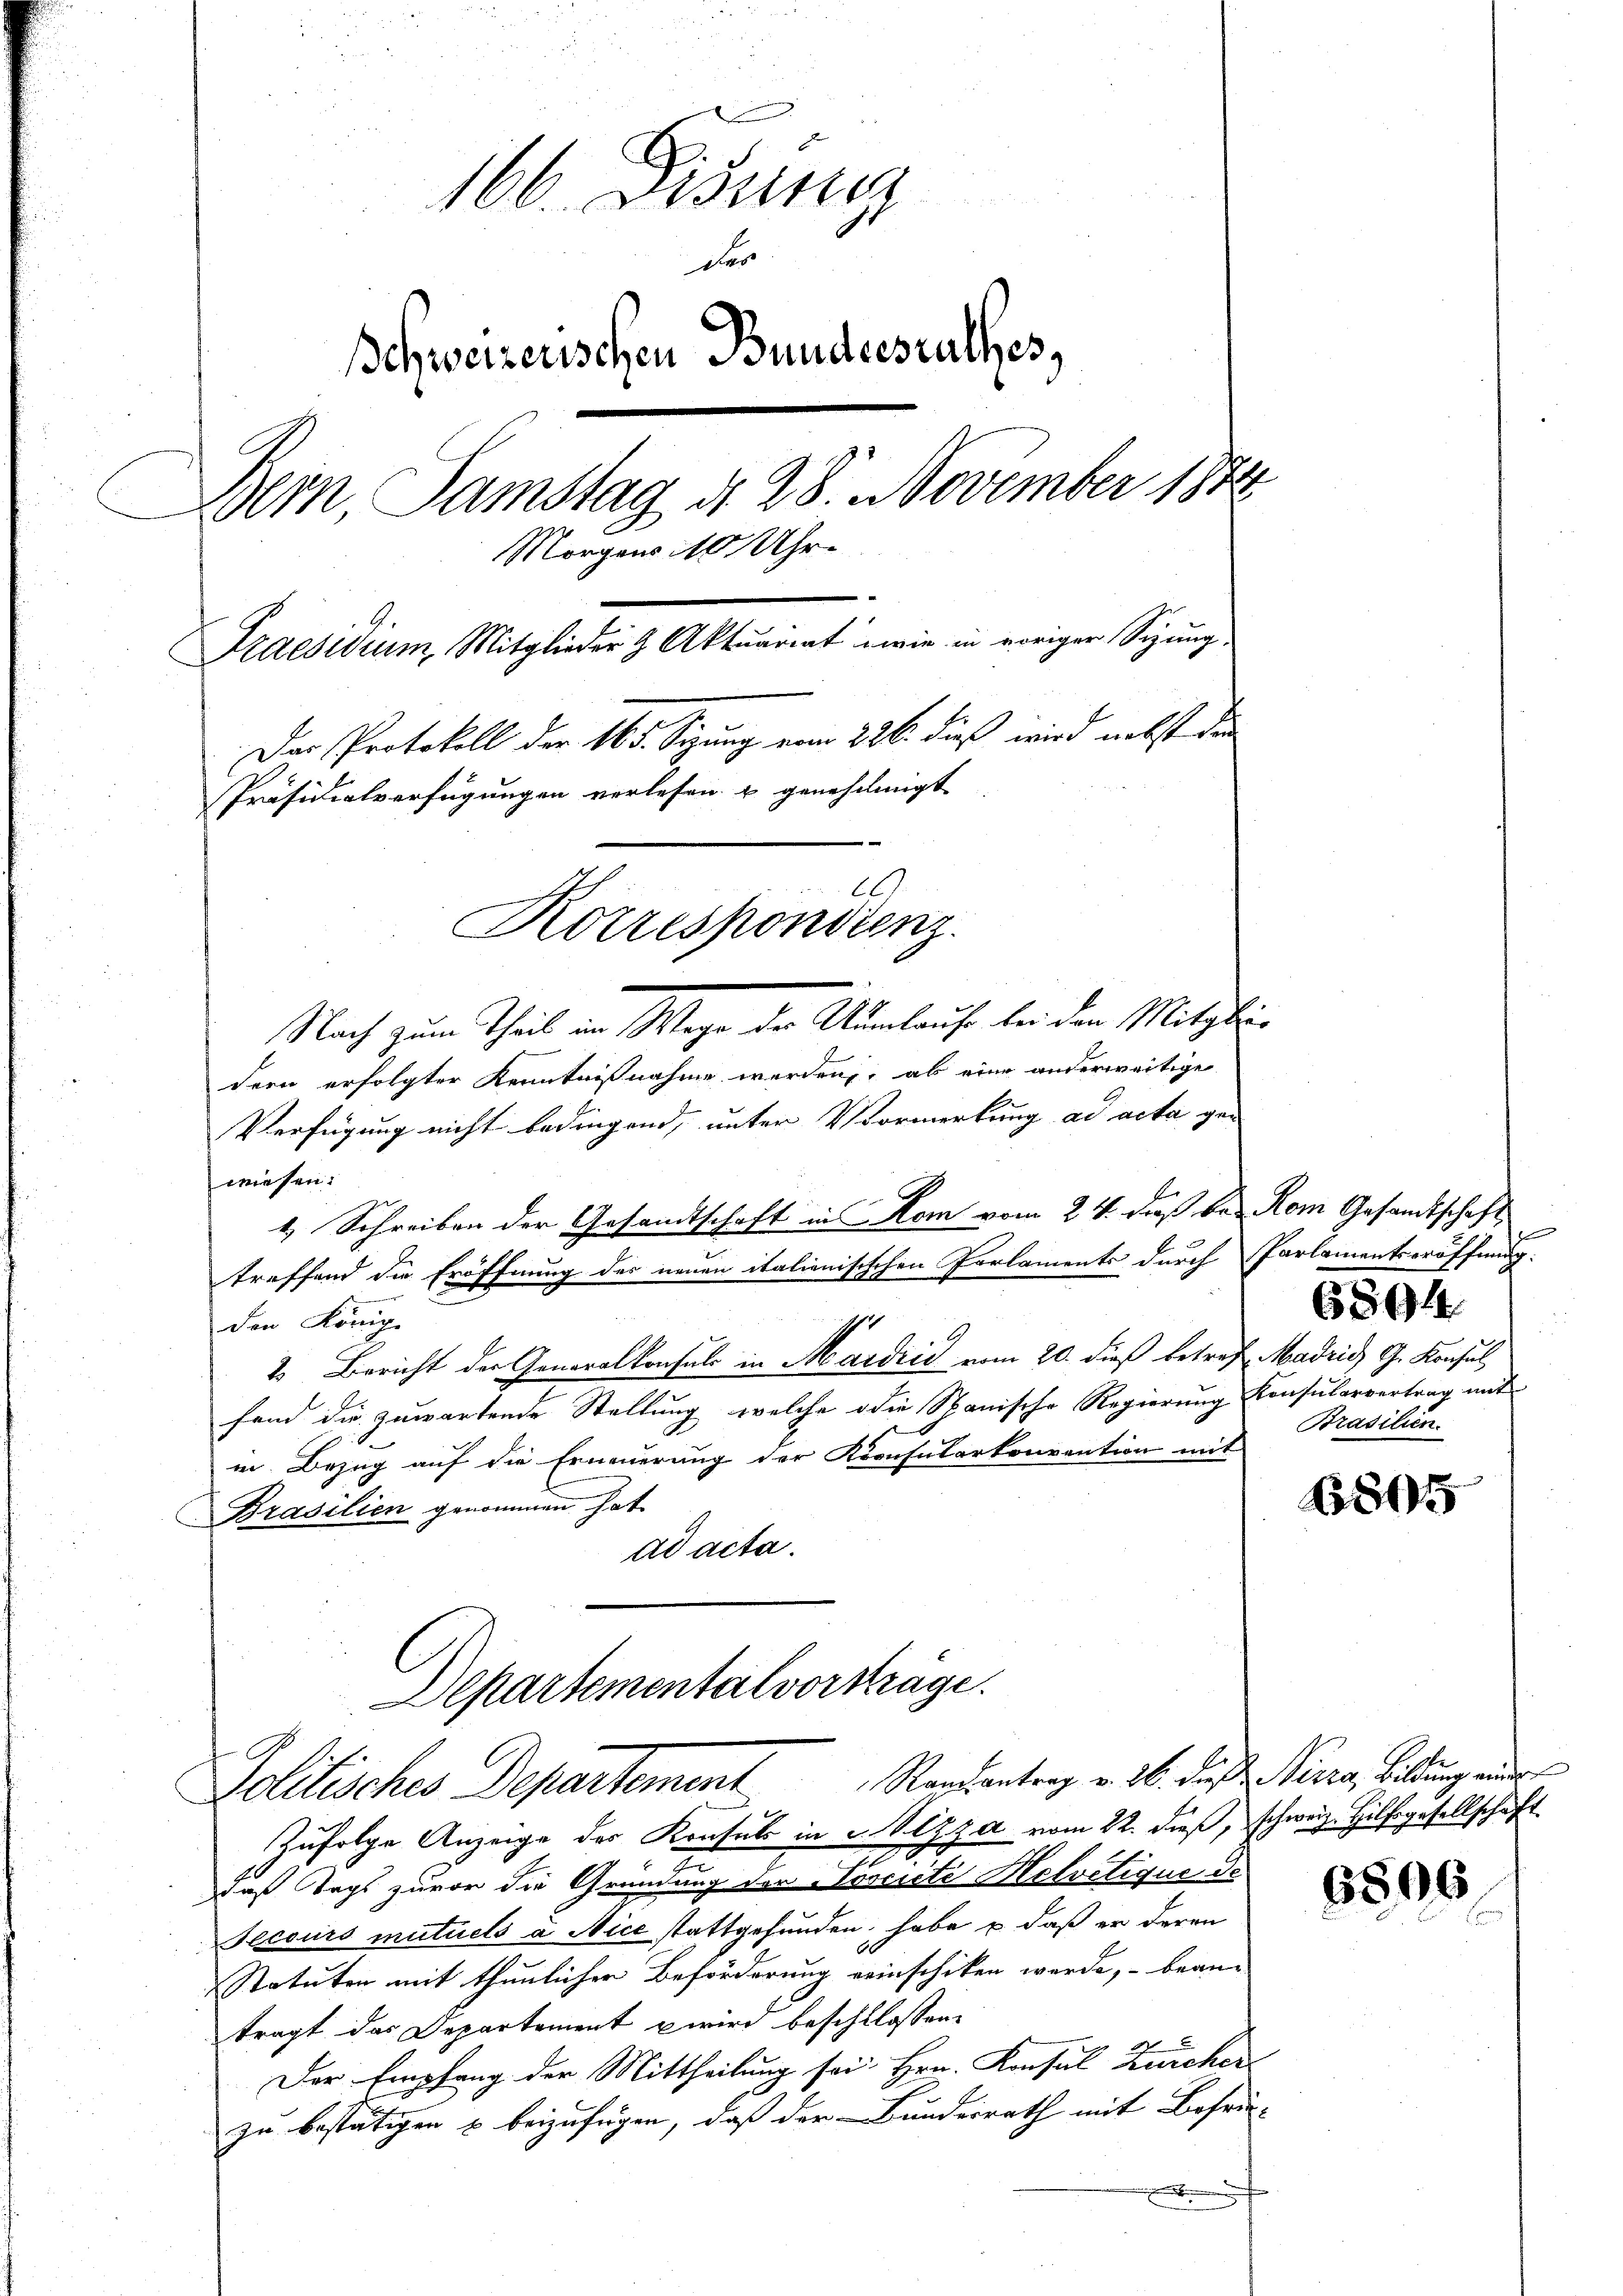
166. Diener
der
Schweizerischen Bundesrathes,
Bern, Samstag d. 28. November 1874
Morgens 10 Uhr.
Praesidium, Mitglieder & Aktuariat wie in voriger Sigung
Der Protokoll der 165. Sizung vom 226. dieß wird nebst den
Präsidialverfügungen verlesen u genehmigt
66
Korrespondienz
Nach zum Theil am Wege der Aumlaufe bei den Mitgliedern erfolgter Kenntnißnahme werden, ab eine anderweitige

Verfügung nicht bedingend, unter Vormerkung ad acta gewiesen.
4 Schreiben der Gesandtschaft in Rom vom 24. daß bei Rom Gesandtschaft
treffend die Eröffnung des neuen italienisischen Parlaments durch Parlamentseröffnung:
1
den Königl.
2. Bericht der Generalkonsuls in Madrid vom 20. dieß betref Madrid G. Konsul
fend die zuwartende Stellung, welche die Spanische Regierung Konsularvertrag mit
in Bezug auf die Erneuerung der Konsularkonvention mit
Prasilien genommen hat.
ad acta.
Departementalvorträge.
Jolitisches Departement Randentrag v. M. das Jura, beitung nur
Zufolge Anzeige des Konsul in Szza vom 22. dieß, schweiz. Hilfsgesellschaft
daß Tags zuvor die Gründung der Poscrite Helvetique de
Secours mutuels a Nice stattgefunden habe u. daß er deren
Statuten mit thunlicher Beförderung reinschiken werde, – bean
tragt das Departement wird beschlossene
Der Empfang der Mittheilung sei. Hrn. Konsul Zürcher
zu bestätigen u beizufügen, daß der Bundesrath mit Besein-
.

6894
Brasilien.

685

6806